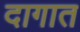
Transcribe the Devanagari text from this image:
दागात